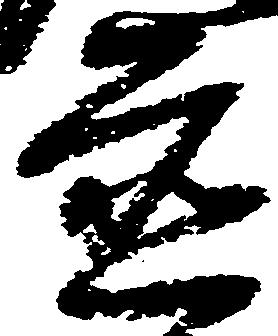
置